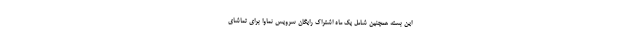
این بسته همچنین شامل یک ماه اشتراک رایگان سرویس نماوا برای تماشای